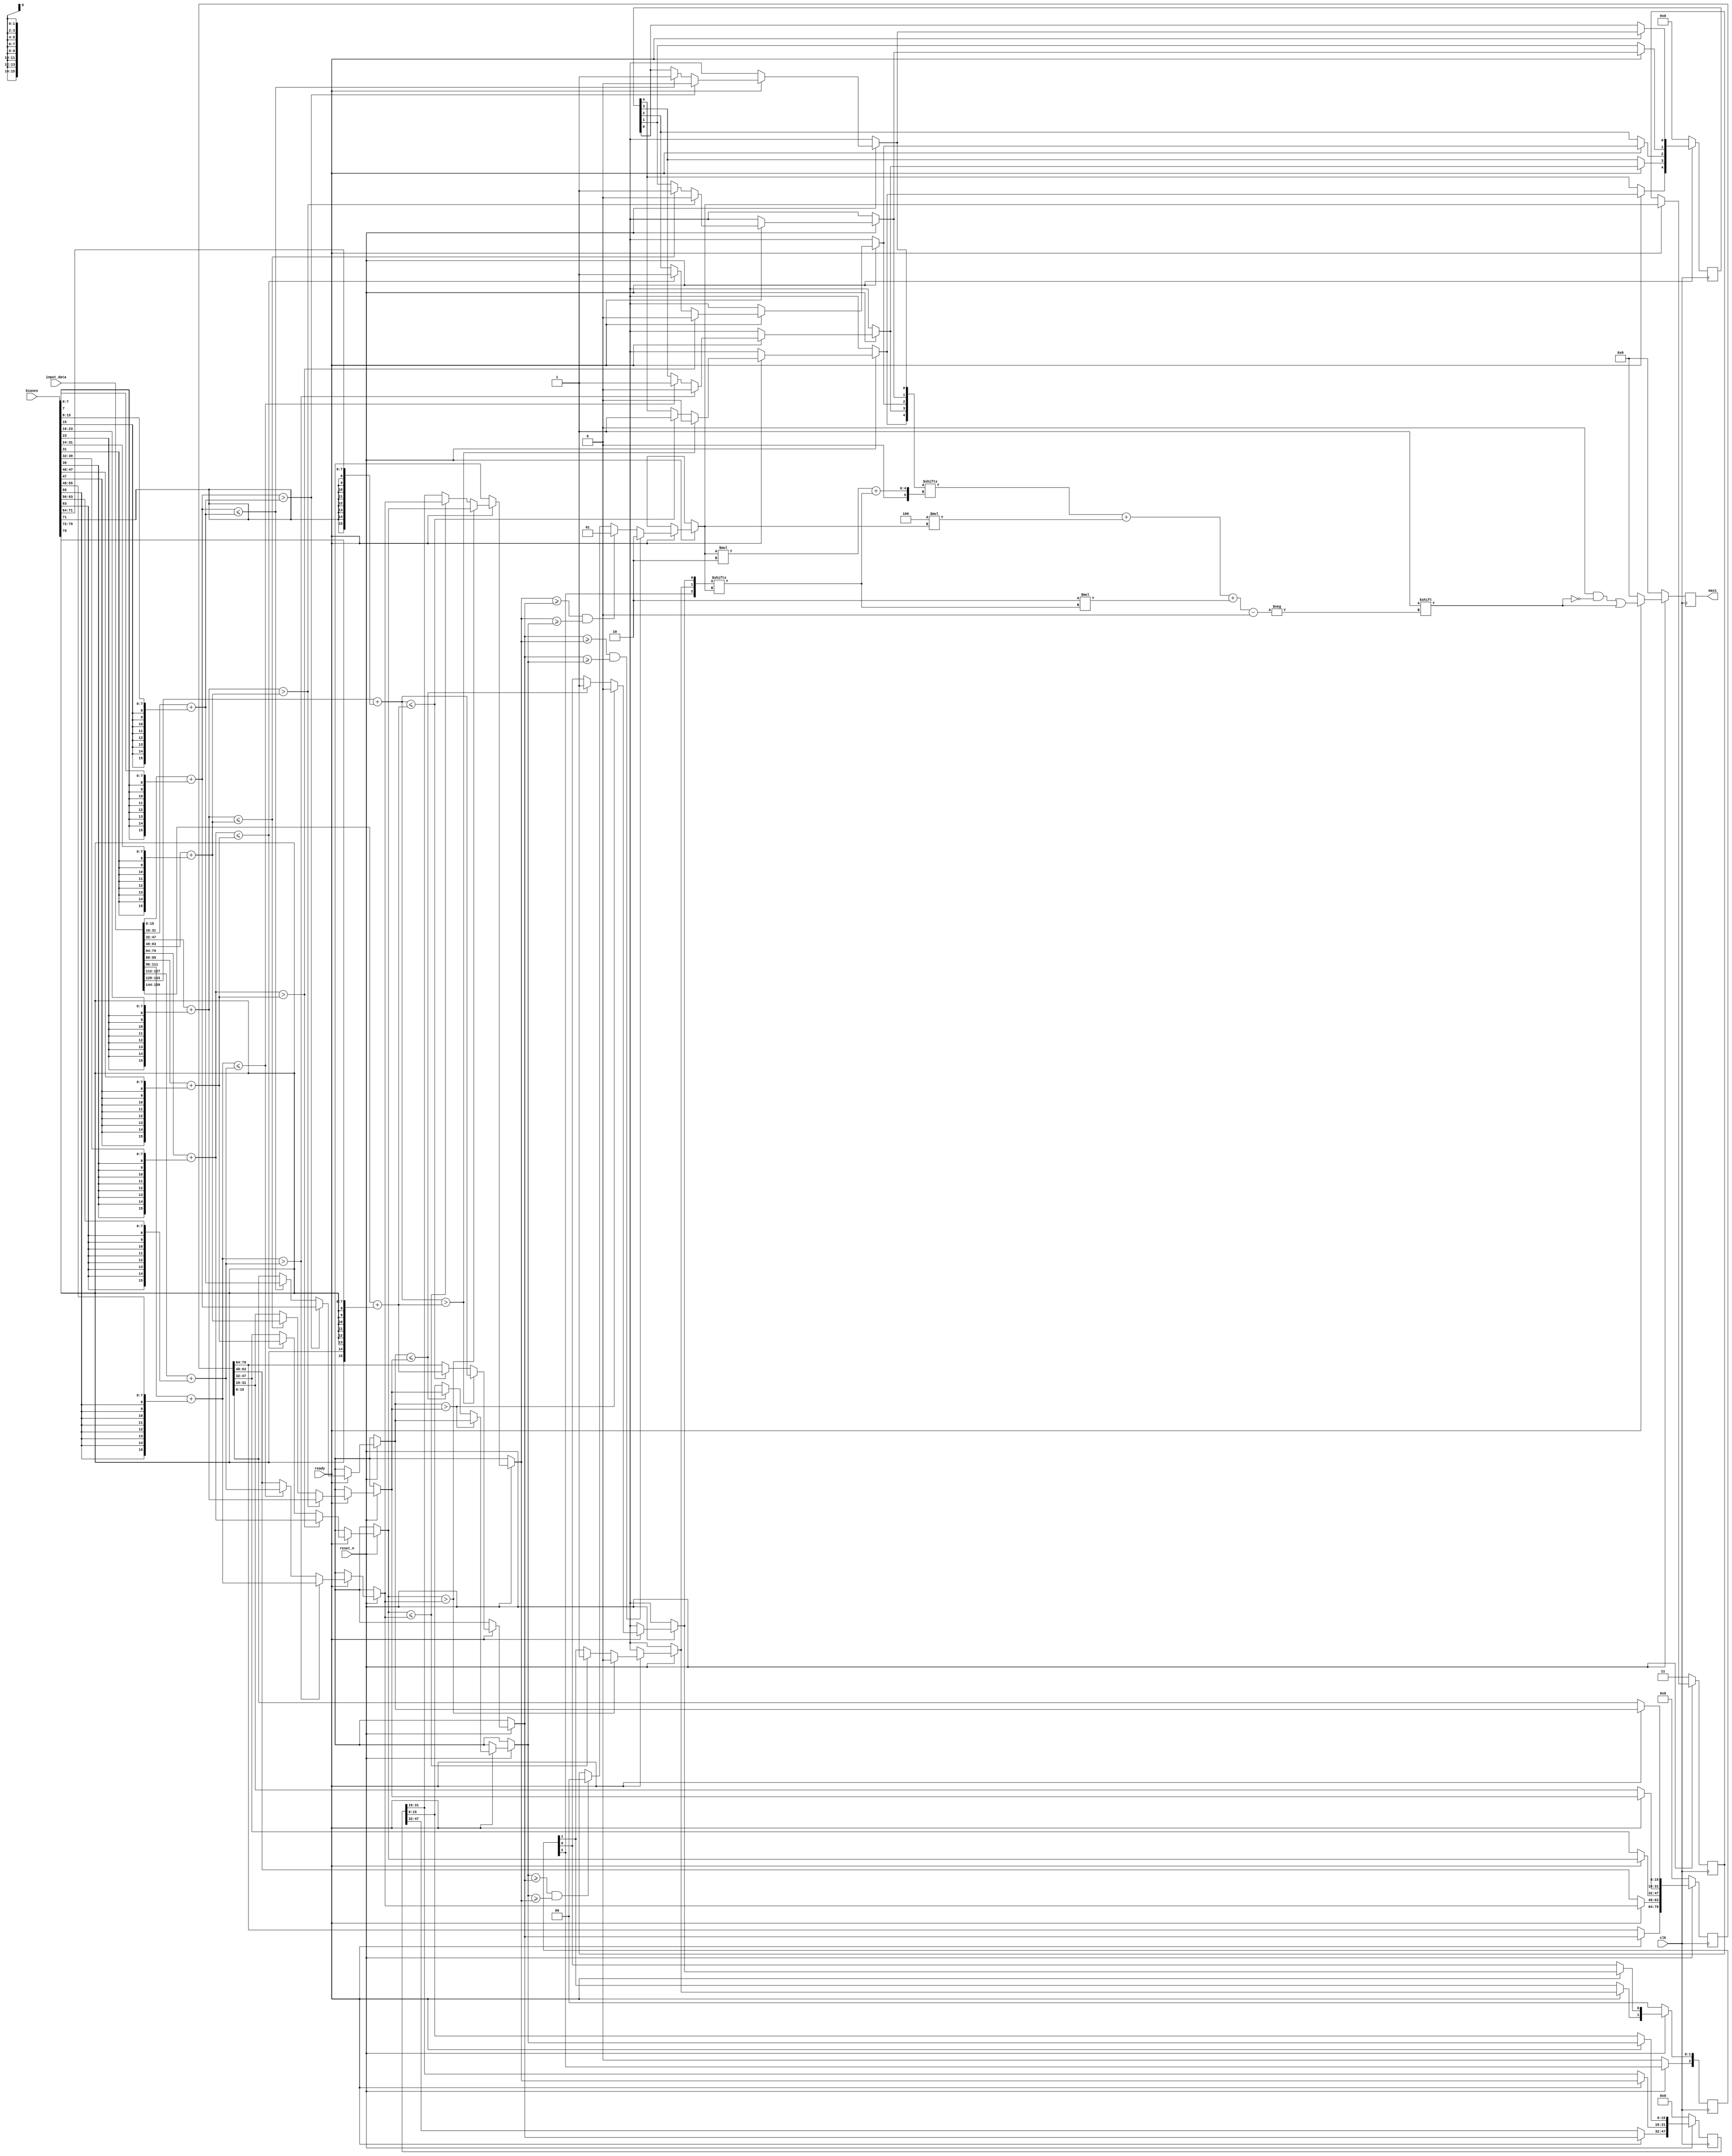
// This program was cloned from: https://github.com/RomeoMe5/DDLM
// License: MIT License

module sum_and_max
#(parameter DATA_WIDTH=8,
parameter LENGTH=10)
//note: this module is not fully parametrized and must be rewritten for different LENGTH
(
input clk,
input reset_n,
input ready,
input [2*DATA_WIDTH*LENGTH-1:0] input_data,
input [DATA_WIDTH*LENGTH-1:0] biases,
output reg [LENGTH-1:0] maxi
);

reg [2*DATA_WIDTH*LENGTH-1:0] input_plus_bias;
reg [DATA_WIDTH*LENGTH-1:0] half_max;
reg [2*DATA_WIDTH*3-1:0] three_max;
reg [2*DATA_WIDTH-1:0] maximum;
reg [4:0] half_max_reg; //we need those registers to infer the right index of the result
reg [2:0] three_max_reg;
reg [1:0] i_var;

integer ii, ij, ik;

always @(posedge clk)
begin
maxi = {LENGTH{1'b0}};
if (~reset_n) begin
input_plus_bias <= {2*DATA_WIDTH*LENGTH{1'b0}};
half_max <= {DATA_WIDTH*LENGTH{1'b0}};
three_max <= {2*DATA_WIDTH*3{1'b0}};
maximum <= {2*DATA_WIDTH{1'b0}};
half_max_reg <= 5'b00000;
three_max_reg <= 3'b000;
i_var <= 2'b11;
end
else if (ready) begin
    for (ii=0; ii<LENGTH; ii=ii+1) //sign-extended biases are added to sys array output
        input_plus_bias[2*DATA_WIDTH*ii +: 2*DATA_WIDTH] = $signed(input_data[2*DATA_WIDTH*ii +: 2*DATA_WIDTH])+{{DATA_WIDTH{biases[DATA_WIDTH*(ii+1)-1]}},biases[DATA_WIDTH*ii +: DATA_WIDTH]};
    for (ij=0; ij<5; ij=ij+1) begin //get 5 maxes from pairs
        if ($signed(input_plus_bias[2*DATA_WIDTH*2*ij +: 2*DATA_WIDTH]) > $signed(input_plus_bias[2*DATA_WIDTH*(2*ij+1) +: 2*DATA_WIDTH])) begin
            half_max [2*DATA_WIDTH*ij +: 2*DATA_WIDTH] = input_plus_bias[2*DATA_WIDTH*2*ij +: 2*DATA_WIDTH]; 
            half_max_reg[ij] = 1'b0; end
        else if ($signed(input_plus_bias[2*DATA_WIDTH*2*ij +: 2*DATA_WIDTH]) <= $signed(input_plus_bias[2*DATA_WIDTH*(2*ij+1) +: 2*DATA_WIDTH])) begin
            half_max [2*DATA_WIDTH*ij +: 2*DATA_WIDTH] = input_plus_bias[2*DATA_WIDTH*(2*ij+1) +: 2*DATA_WIDTH]; 
            half_max_reg[ij] = 1'b1; end
    end
    for (ik=0; ik<2; ik=ik+1) begin //get 3 maxes out of 5
        if ($signed(half_max[2*DATA_WIDTH*2*ik +: 2*DATA_WIDTH]) > $signed(half_max[2*DATA_WIDTH*(2*ik+1) +: 2*DATA_WIDTH])) begin
            three_max [2*DATA_WIDTH*ik +: 2*DATA_WIDTH] = half_max[2*DATA_WIDTH*2*ik +: 2*DATA_WIDTH]; 
            three_max_reg[ik] = 1'b0; end
        else if ($signed(half_max[2*DATA_WIDTH*2*ik +: 2*DATA_WIDTH]) <= $signed(half_max[2*DATA_WIDTH*(2*ik+1) +: 2*DATA_WIDTH])) begin
            three_max [2*DATA_WIDTH*ik +: 2*DATA_WIDTH] = half_max[2*DATA_WIDTH*(2*ik+1) +: 2*DATA_WIDTH];
            three_max_reg[ik] = 1'b1; end
    end
    three_max[2*DATA_WIDTH*3-1:2*DATA_WIDTH*2] = half_max[DATA_WIDTH*LENGTH-1:2*DATA_WIDTH*4]; //next module is 3-input max
    if ($signed((three_max[2*DATA_WIDTH*3-1:2*DATA_WIDTH*2] >= three_max[2*DATA_WIDTH*2-1:2*DATA_WIDTH])) && $signed((three_max[2*DATA_WIDTH*3-1:2*DATA_WIDTH*2] >= three_max[2*DATA_WIDTH-1:0]))) begin
        maximum = three_max[2*DATA_WIDTH*3-1:2*DATA_WIDTH*2]; i_var = 2'd2; end
    else if ($signed((three_max[2*DATA_WIDTH*2-1:2*DATA_WIDTH] >= three_max[2*DATA_WIDTH*3-1:2*DATA_WIDTH*2])) && $signed((three_max[2*DATA_WIDTH*2-1:2*DATA_WIDTH] >= three_max[2*DATA_WIDTH-1:0]))) begin
        maximum = three_max[2*DATA_WIDTH*2-1:2*DATA_WIDTH]; i_var = 2'd1; end
    else if ($signed((three_max[2*DATA_WIDTH-1:0] >= three_max[2*DATA_WIDTH*3-1:2*DATA_WIDTH*2])) && $signed((three_max[2*DATA_WIDTH-1:0] >= three_max[2*DATA_WIDTH*2-1:2*DATA_WIDTH]))) begin 
        maximum = three_max[2*DATA_WIDTH-1:0]; i_var = 2'd0; end
    maxi[half_max_reg[i_var*2+three_max_reg[i_var]]+4*i_var+2*three_max_reg[i_var]] = 1'b1;
end
end

endmodule